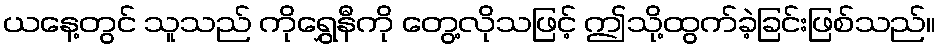
ယနေ့တွင် သူသည် ကိုရွှေနီကို တွေ့လိုသဖြင့် ဤသို့ထွက်ခဲ့ခြင်းဖြစ်သည်။